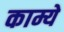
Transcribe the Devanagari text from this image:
काम्ये